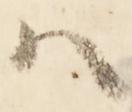
ハ